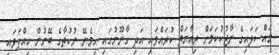
މައްސަލައިގެ ނާޒުކުކަމަށް ރިއާޔަތް ކުރައްވައި އަދި ގާނޫނުގައި ހިމެނޭ ނުކުތާގެ ބޭނުން ހިއްޕަވައި